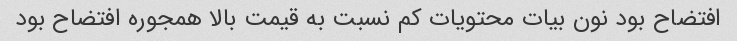
افتضاح بود نون بیات محتویات کم نسبت به قیمت بالا همجوره افتضاح بود